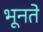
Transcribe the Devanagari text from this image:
भूनते